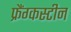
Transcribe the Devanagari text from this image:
फ्रैंग्कस्टीन